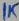
Text: 1K